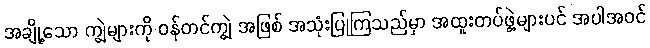
အချို့သော ကျွဲများကို ဝန်တင်ကျွဲ အဖြစ် အသုံးပြုကြသည်မှာ အထူးတပ်ဖွဲ့များပင် အပါအဝင်